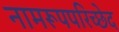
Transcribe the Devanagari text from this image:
नामरूपपरिच्छेद